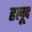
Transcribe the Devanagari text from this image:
हलूद